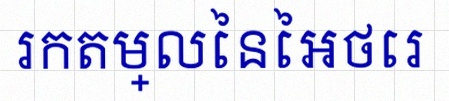
រកតម្លៃនៃអថេរ